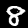
Label: 8